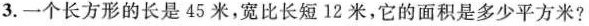
3.一个长方形的长是45米，宽比长短12米，它的面积是多少平方米?